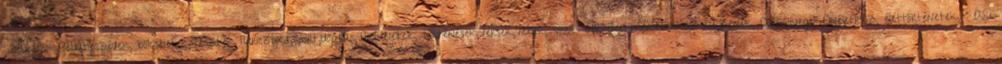
Szülinapok,Példabeszédek, bölcseletek,Tesztek,Turisztika,Sport,Időjárás,Történetek, történések,Versek,Viccek, vicces történetek,Üdvözlés,Zene,Zenék, Dalszövegek,Önéletrajz, élettörténetek, " Aki